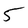
Character: 5